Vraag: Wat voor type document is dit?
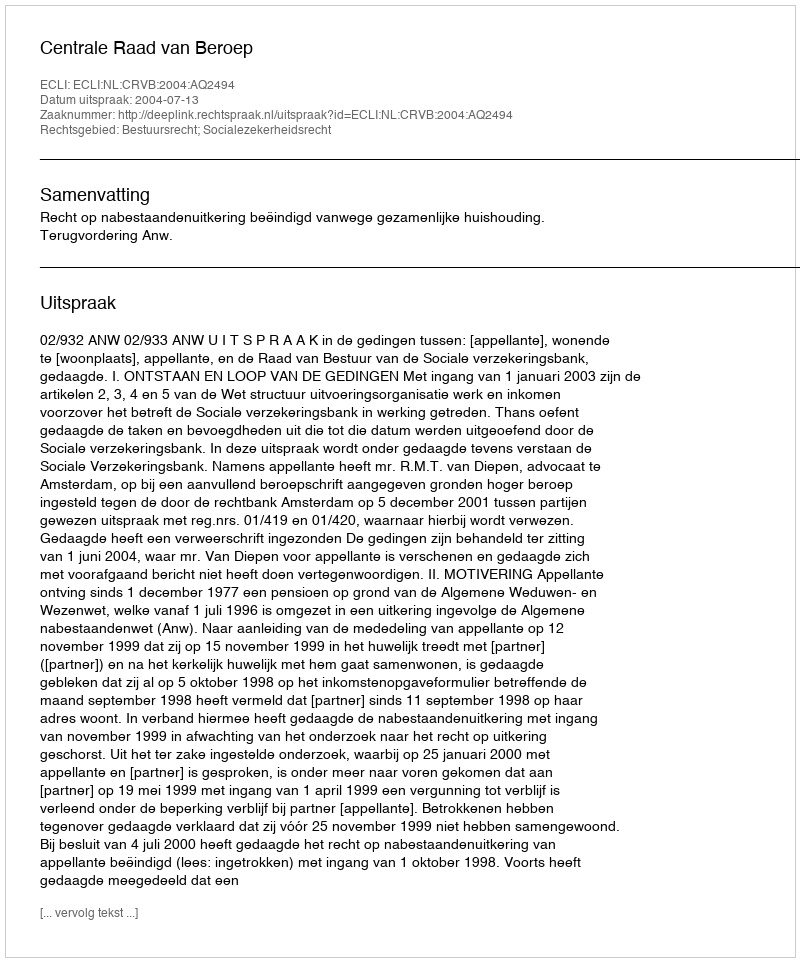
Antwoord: Uitspraak